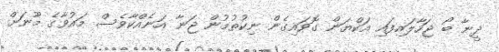
ދީނާ ބޯ ޖަހާލައިފައި އަކްޔަން ގޮވައިގެން ނިކުތުމުން ޖަނާ އަނެއްކާވެސް މައުވާގެ މޫނަށް